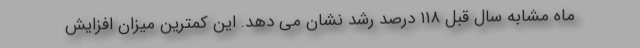
ماه مشابه سال قبل ۱۱۸ درصد رشد نشان می دهد. این کمترین میزان افزایش